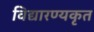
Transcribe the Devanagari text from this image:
विद्यारण्यकृत